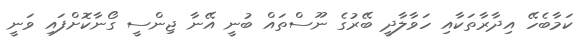
ކަމާބެހޭ އިދާރާތަކާއި ހަވާލާދީ ބޭރުގެ ނޫސްތައް ބުނީ އޭނާ ޖިންސީ ގޯނާކޮށްފައި ވަނީ